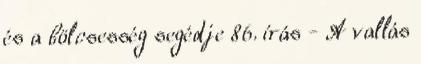
és a bölcsesség segédje 86. írás - A vallás